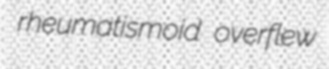
rheumatismoid overflew